Annual administration report of the Civil Veterinary Department of India - 1898-1899
Year: 1898
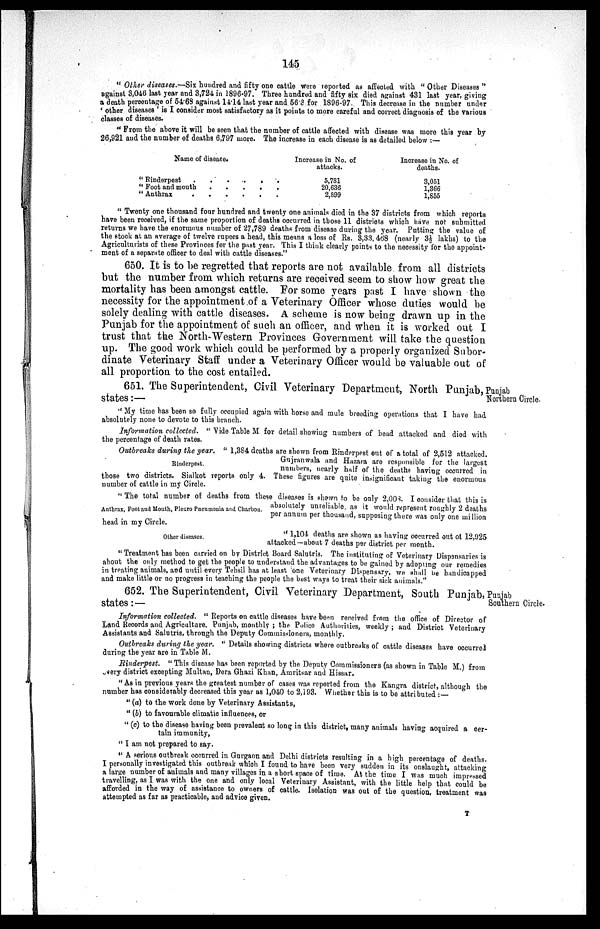
145
" Other diseases.—Six hundred and fifty one cattle were reported as affected with "Other Diseases"
against 3,046 last year and 3,724 in 1896-97. Three hundred and fifty six died against 431 last year, giving
a death percentage of 54.63 against 14.14 last year and 56.3 for 1896-97. This decrease in the number under
'other diseases' is I consider most satisfactory as it points to more careful and correct diagnosis of the various
classes of diseases.
"From the above it will be seen that the number of cattle affected with disease was more this year by
26,921 and the number of deaths 6,797 more. The increase in each disease is as detailed below:—
Name of disease.
" Rindsrpest . . . . . .
" Foot and mouth . . . . .
" Anthrax . . . . . .
Increase in No. of
attacks.
5,781
20,636
2,899
Increase in No. of
deaths.
3,051
1,366
1,855
"Twenty one thousand four hundred and twenty one animals died in the 37 districts from which reports
have been received, if the same proportion of deaths occurred in those 11 districts which have not submitted
returns we have the enormous number of 27,789 deaths from disease during the year. Putting the value of
the stock at an average of twelve rupees a head, this means a loss of Rs. 3,33, 468 (nearly 3½ lakhs) to the
Agriculturists of these Provinces for the past year. This I think clearly points to the necessity for the appoint-
ment of a separate officer to deal with cattle diseases."
650. It is to be regretted that reports are not available from all districts
but the number from which returns are received seem to show how great the
mortality has been amongst cattle. For some years past I have shown the
necessity for the appointment of a Veterinary Officer whose duties would be
solely dealing with cattle diseases. A scheme is now being drawn up in the
Punjab for the appointment of such an officer, and when it is worked out I
trust that the North-Western Provinces Government will take the question
up. The good work which could be performed by a properly organized Subor-
dinate Veterinary Staff under a Veterinary Officer would be valuable out of
all proportion to the cost entailed.
Punjab
Northern Circle.
651. The Superintendent, Civil Veterinary Department, North Punjab,
states:—
"My time has been so fully occupied again with horse and mule breeding operations that I have had
absolutely none to devote to this branch.
Information collected.
"Vide Table M for detail showing numbers of bead attacked and died with
the percentage of death rates.
Outbreaks during the year. "1,384 deaths are shown from Rinderpest out of a total of 2,512 attacked.
Gujranwala and Hazara are responsible for the largest
numbers, nearly half of the deaths having occurred in
those two districts. Sialkot reports only 4. These figures are quite insignificant taking the enormous
number of cattle in my Circle.
Rinderpest.
"The total number of deaths from these diseases is shown to be only 2,008. I consider that this is
absolutely unreliable, as it would represent roughly 2 deaths
per annum per thousand, supposing there was only one million
head in my Circle.
Anthrax, Foot and Mouth, Pleuro Pneumonia and Charbou.
Other diseases.
"1,104 deaths are shown as having occurred out of 12,925
attacked-about 7 deaths per district per month.
"Treatment has been carried on by District Board Salutris. The instituting of Veterinary Dispensaries is
about the only method to get the people to understand the advantages to be gained by adopting our remedies
in treating animals, and until every Tehsil has at least one Veterinary Dispensary, we shall be handicapped
and make little or no progress in teaching the people the best ways to treat their sick animals."
Punjab
Southern Circle.
652. The Superintendent, Civil Veterinary Department, South Punjab,
states: —
Information collected. " Reports on cattle diseases have been received from the office of Director of
Land Records and Agriculture. Punjab, monthly ; the Police Authorities, weekly; and District Veterinary
Assistants and Salutris, through the Deputy Commissioners, monthly.
Outbreaks during the year. " Details showing districts where outbreaks of cattle diseases have occurred
during the year are in Table M.
Rinderpest.
" This disease has been reported by the. Deputy Commissioners (as shown in Table M.) from
every district excepting Multau, Dera Ghazi Khan, Amritsar and Hissar.
"As in previous years the greatest number of cases was reported from the Kangra district, although the
number has considerably decreased this year as 1,0-10 to 2,193. Whether this is to be attributed : —
" (a) to the work done by Veterinary Assistants,
" (b) to favourable climatic influences, or
"(c) to the disease having been prevalent so long in this district, many animals having acquired a cer-
tain immunity,
"I am not prepared to say.
" A serious outbreak occurred in Gurgaon and Delhi districts resulting in a high percentage of deaths.
I personally investigated this outbreak which I found to have been very sudden in its onslaught, attacking
a large number of animals and many villages in a short space of time. At the time I was much impressed
travelling, as I was with the one and only local Veterinary Assistant, with the little help that could be
afforded in the way of assistance to owners of cattle. Isolation was out of the question, treatment was
attempted as far as practicable, and advice given.
T